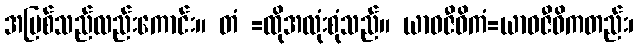
အမြစ်သည်လည်းကောင်း။ တံ =ထိုအလုံးစုံသည်။ ယာဝဇီဝိကံ=ယာဝဇီဝိကတည်း၊